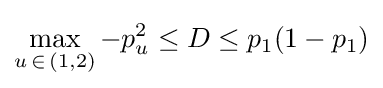
\max _{u\,\in \,(1,2)}-p_{u}^{2}\leq D\leq p_{1}(1-p_{1})